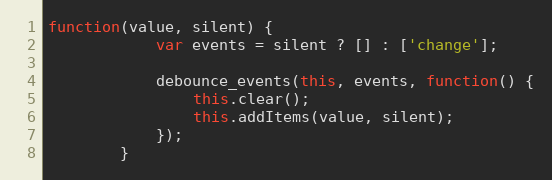
Language: JavaScript
function(value, silent) {
			var events = silent ? [] : ['change'];

			debounce_events(this, events, function() {
				this.clear();
				this.addItems(value, silent);
			});
		}